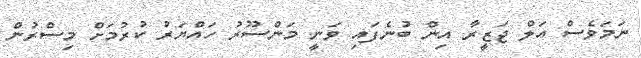
ނަމަވެސް އަލް ޖަޒީރާ އިން ބުނެފައި ވަނީ މަންސޫރު ހައްޔަރު ކުރުމަށް މިސްރުން